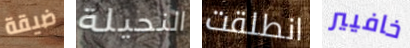
ضيقة النحيلة انطلقت خافيير